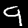
Digit: 9